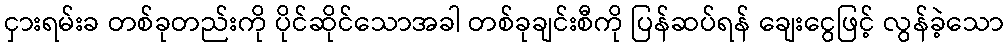
ငှားရမ်းခ တစ်ခုတည်းကို ပိုင်ဆိုင်သောအခါ တစ်ခုချင်းစီကို ပြန်ဆပ်ရန် ချေးငွေဖြင့် လွန်ခဲ့သော